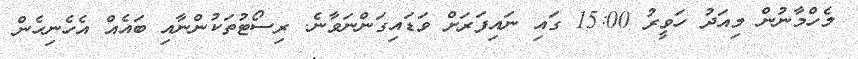
މެހްމާނުން މިއަދު ހަވީރު 15:00 ގައި ނައިފަރަށް ވަޑައިގަންނަވާނެ. ރިސޯޓުތަކުންނާއި ބައެއް އެހެނިހެން